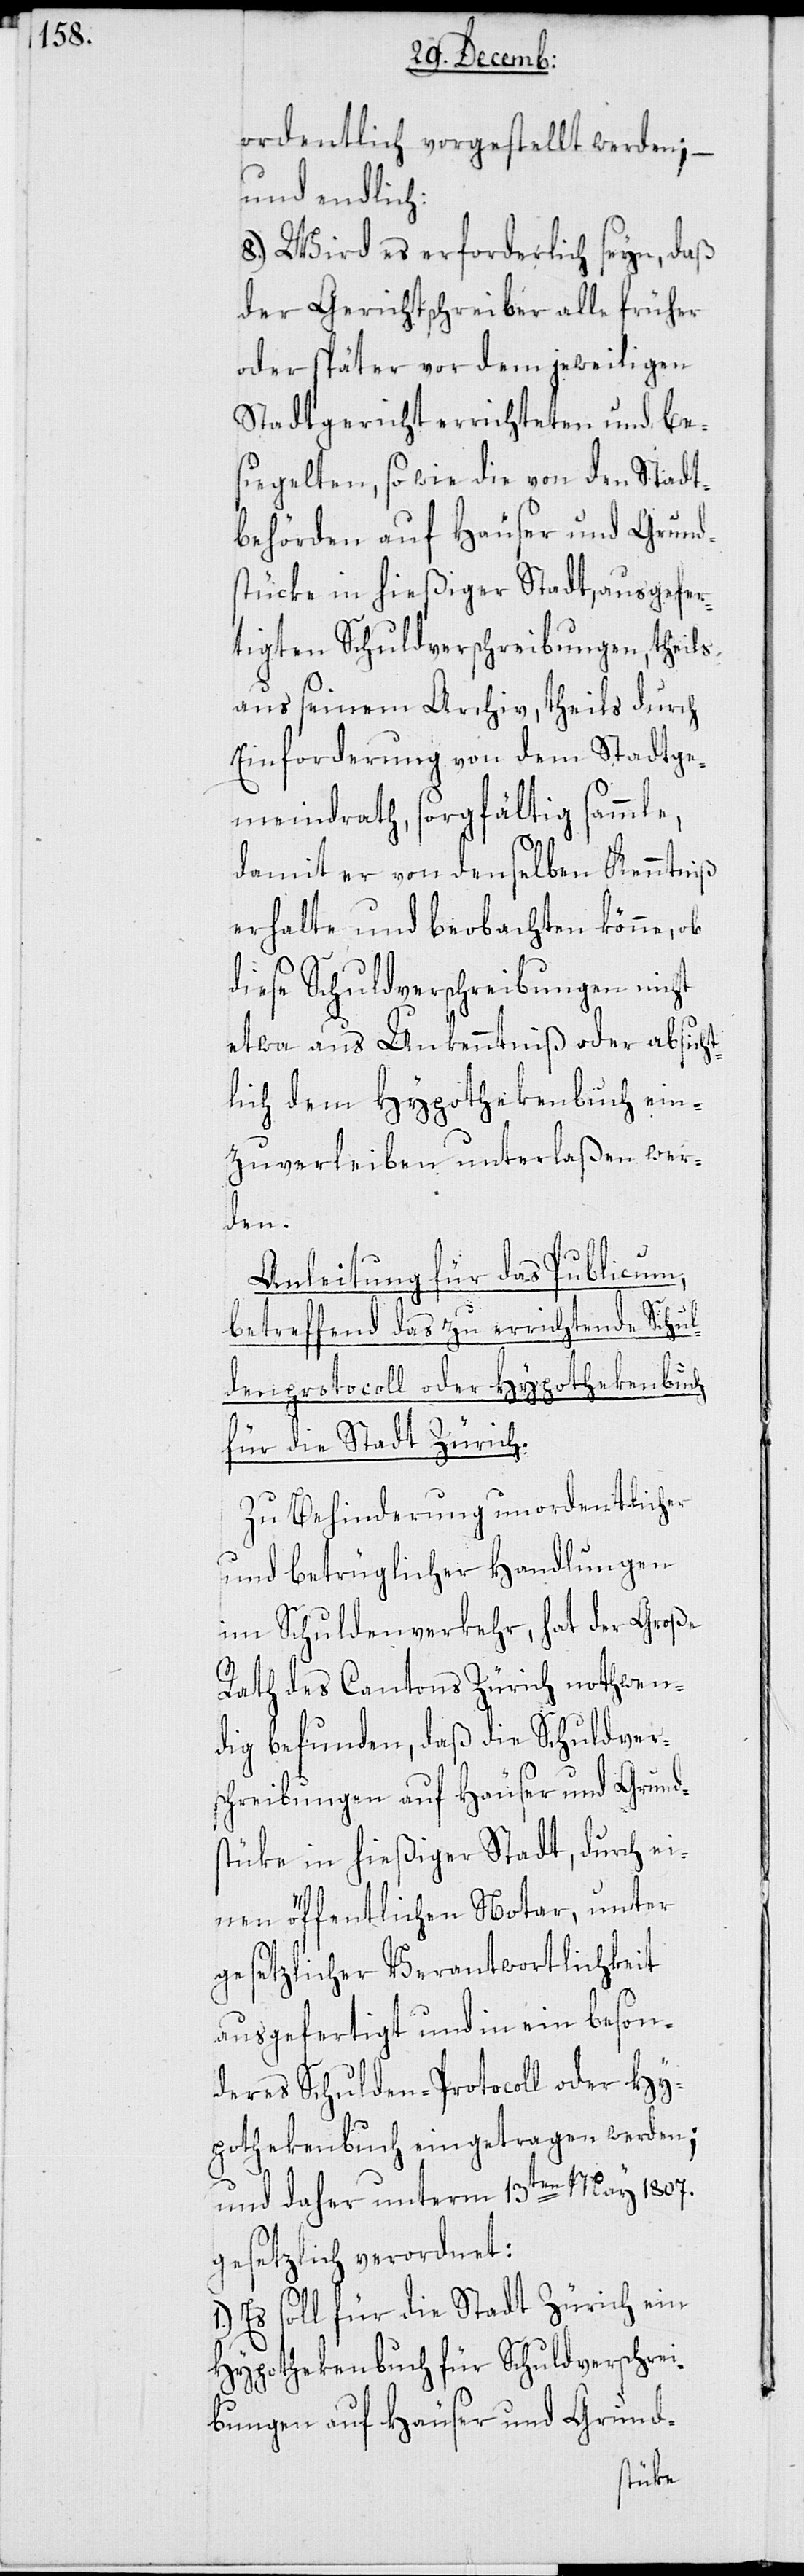
ordentlich vorgestellt werden; –
und endlich:
8.) Wird es erforderlich seyn, daß
der Gerichtschreiber alle früher
oder später vor dem jeweiligen
Stadtgericht errichteten und be¬
siegelten, sowie die von den Stadt¬
behörden auf Häuser und Grund¬
stücke in hießiger Stadt, ausgefer¬
tigten Schuldverschreibungen, theils
aus seinem Archiv, theils durch
Einforderung von dem Stadtge¬
meindrath, sorgfältig sammle,
damit er von denselben Kenntniß
erhalte und beobachten könne, ob
diese Schuldverschreibungen nicht
etwa aus Unkenntniß oder absicht¬
lich dem Hypothekenbuch ein¬
zuverleiben unterlaßen wer¬
den.
Anleitung für das Publicum,
betreffend das zu errichtende Schul¬
denprotocoll oder Hypothekenbuch
für die Stadt Zürich.
Zu Behinderung unordentlicher
und betrüglicher Handlungen
im Schuldenverkehr, hat der Große
Rath des Cantons Zürich nothwen¬
dig befunden, daß die Schuldver¬
scheibungen auf Häuser und Grund¬
stüke in hießiger Stadt, durch ei¬
nen öffentlichen Notar, unter
gesetzlicher Verantwortlichkeit
ausgefertigt und in ein beson¬
deres Schulden-Protocoll oder Hy¬
pothekenbuch eingetragen werden;
und daher unterm 13ten May 1807
gesetzlich verordnet:
Es soll für die Stadt Zürich ein
Hypothekenbuch für Schuldverschrei¬
bungen auf Häuser und Grund-